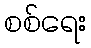
စစ်ရေး